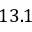
1 3 . 1